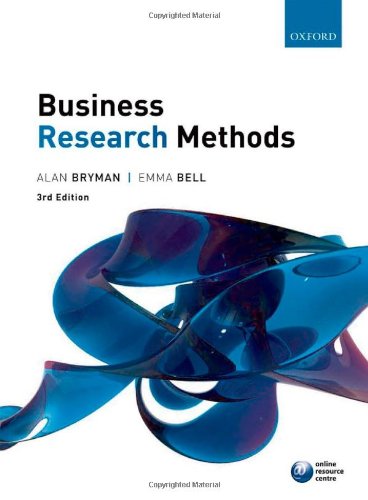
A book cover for Business Research Methods; Alan Bryman; Business & Money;